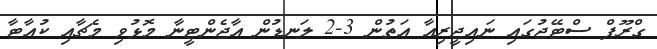
ގްރޫޕް ސްޓޭޖުގައި ނައިޖީރިއާ އަތުން 3-2 ލަނޑުން އާޖެންޓީނާ މޮޅުވި މެޗާއި ކުއާޓާ